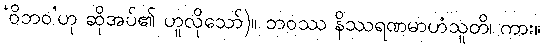
‘ဝိဘဝ’ဟု ဆိုအပ်၏ ဟူလိုသော်)။ ဘဝဿ နိဿရဏမာဟံသူတိ၊ ကား။